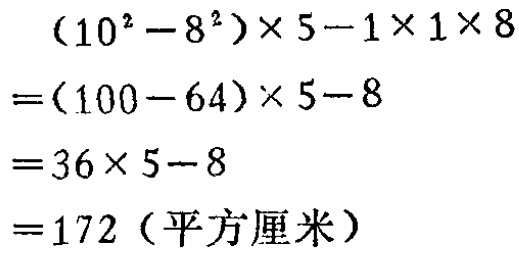
\[

\begin{align*}

&(10^{2}-8^{2})\times5 - 1\times1\times8\\

=&(100 - 64)\times5 - 8\\

=&36\times5 - 8\\

=&172\ (\text{平方厘米})

\end{align*}

\]